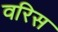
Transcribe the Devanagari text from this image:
वरिस